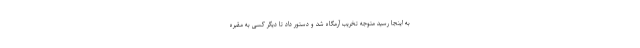
به اینجا رسید متوجه تخریب آرمگاه شد و دستور داد تا دیگر کسی به مقبره